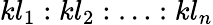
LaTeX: kl_{1}:kl_{2}:\ldots:kl_{n}